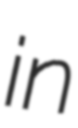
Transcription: in